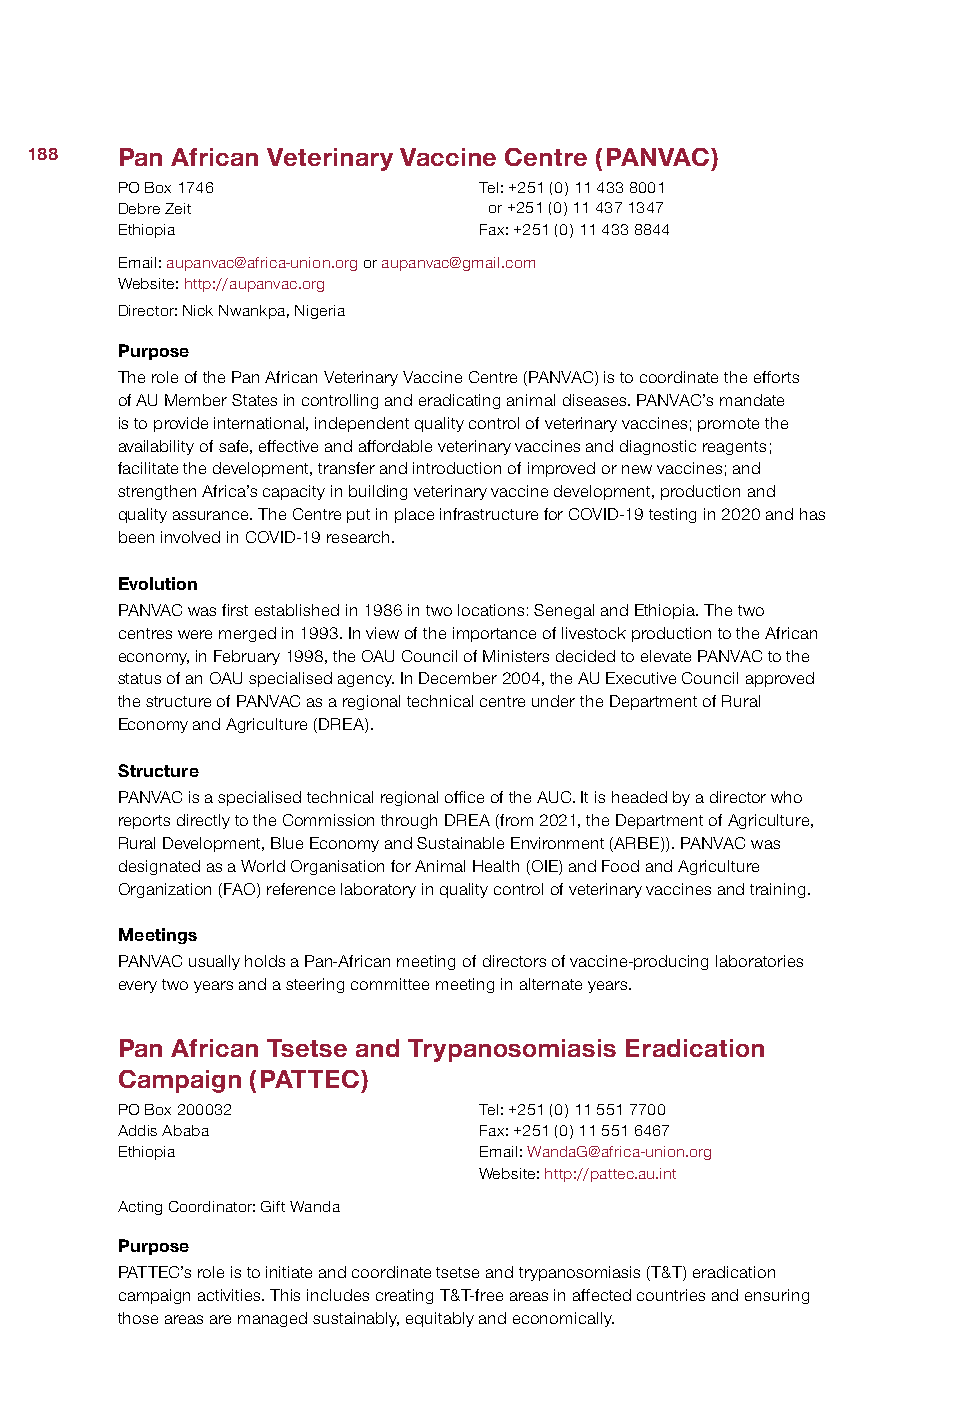
188   Pan African Veterinary Vaccine Centre (PANVAC)
 PO Box 1746             Tel: +251 (0) 11 433 8001
 Debre Zeit              or +251 (0) 11 437 1347
 Ethiopia                Fax: +251 (0) 11 433 8844
 Email: aupanvac@africa-union.org or aupanvac@gmail.com
 Website: http://aupanvac.org
 Director: Nick Nwankpa, Nigeria
 Purpose
 The role of the Pan African Veterinary Vaccine Centre (PANVAC) is to coordinate the efforts
 of AU Member States in controlling and eradicating animal diseases. PANVAC’s mandate
 is to provide international, independent quality control of veterinary vaccines; promote the
 availability of safe, effective and affordable veterinary vaccines and diagnostic reagents;
 facilitate the development, transfer and introduction of improved or new vaccines; and
 strengthen Africa’s capacity in building veterinary vaccine development, production and
 quality assurance. The Centre put in place infrastructure for COVID-19 testing in 2020 and has
 been involved in COVID-19 research.
 Evolution
 PANVAC was first established in 1986 in two locations: Senegal and Ethiopia. The two
 centres were merged in 1993. In view of the importance of livestock production to the African
 economy, in February 1998, the OAU Council of Ministers decided to elevate PANVAC to the
 status of an OAU specialised agency. In December 2004, the AU Executive Council approved
 the structure of PANVAC as a regional technical centre under the Department of Rural
 Economy and Agriculture (DREA).
 Structure
 PANVAC is a specialised technical regional office of the AUC. It is headed by a director who
 reports directly to the Commission through DREA (from 2021, the Department of Agriculture,
 Rural Development, Blue Economy and Sustainable Environment (ARBE)). PANVAC was
 designated as a World Organisation for Animal Health (OIE) and Food and Agriculture
 Organization (FAO) reference laboratory in quality control of veterinary vaccines and training.
 Meetings
 PANVAC usually holds a Pan-African meeting of directors of vaccine-producing laboratories
 every two years and a steering committee meeting in alternate years.
 Pan African Tsetse and Trypanosomiasis Eradication
 Campaign (PATTEC)
 PO Box 200032           Tel: +251 (0) 11 551 7700
 Addis Ababa             Fax: +251 (0) 11 551 6467
 Ethiopia                Email: WandaG@africa-union.org
 Website: http://pattec.au.int
 Acting Coordinator: Gift Wanda
 Purpose
 PATTEC’s role is to initiate and coordinate tsetse and trypanosomiasis (T&T) eradication
 campaign activities. This includes creating T&T-free areas in affected countries and ensuring
 those areas are managed sustainably, equitably and economically.